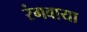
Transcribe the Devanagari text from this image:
रंगवाया